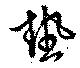
熱